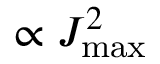
\propto J _ { \mathrm { m a x } } ^ { 2 }